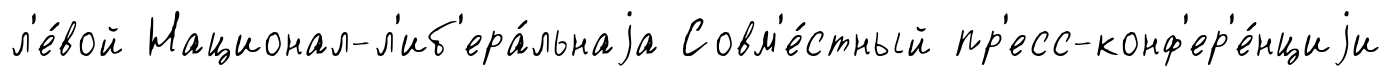
л'е́вой Национал-л'иб'ера́льнаjа Совм'е́стный пр'есс-конф'ер'е́нциjи